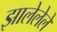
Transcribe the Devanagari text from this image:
झालेलेले